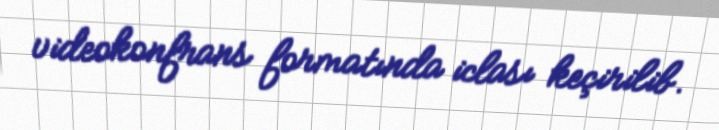
videokonfrans formatında iclası keçirilib.